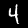
Digit: 4